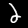
Digit: 2